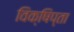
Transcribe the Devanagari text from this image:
विक्षिप्ता